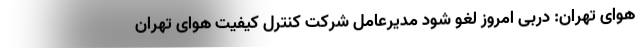
هوای تهران: دربی امروز لغو شود مدیرعامل شرکت کنترل کیفیت هوای تهران